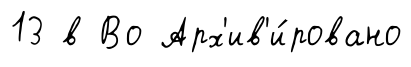
13 в Во Арх'ив'и́ровано